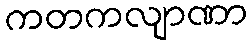
ကတကလျာဏာ